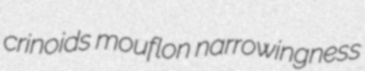
crinoids mouflon narrowingness